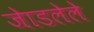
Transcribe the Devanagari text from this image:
जेाडलेले